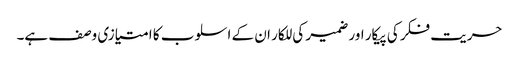
حریت فکر کی پیکار اور ضمیر کی للکار ان کے اسلوب کا امتیازی وصف ہے۔